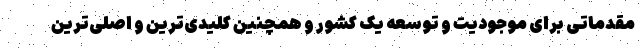
مقدماتی برای موجودیت و توسعه یک کشور و همچنین کلیدی‌ترین و اصلی‌ترین